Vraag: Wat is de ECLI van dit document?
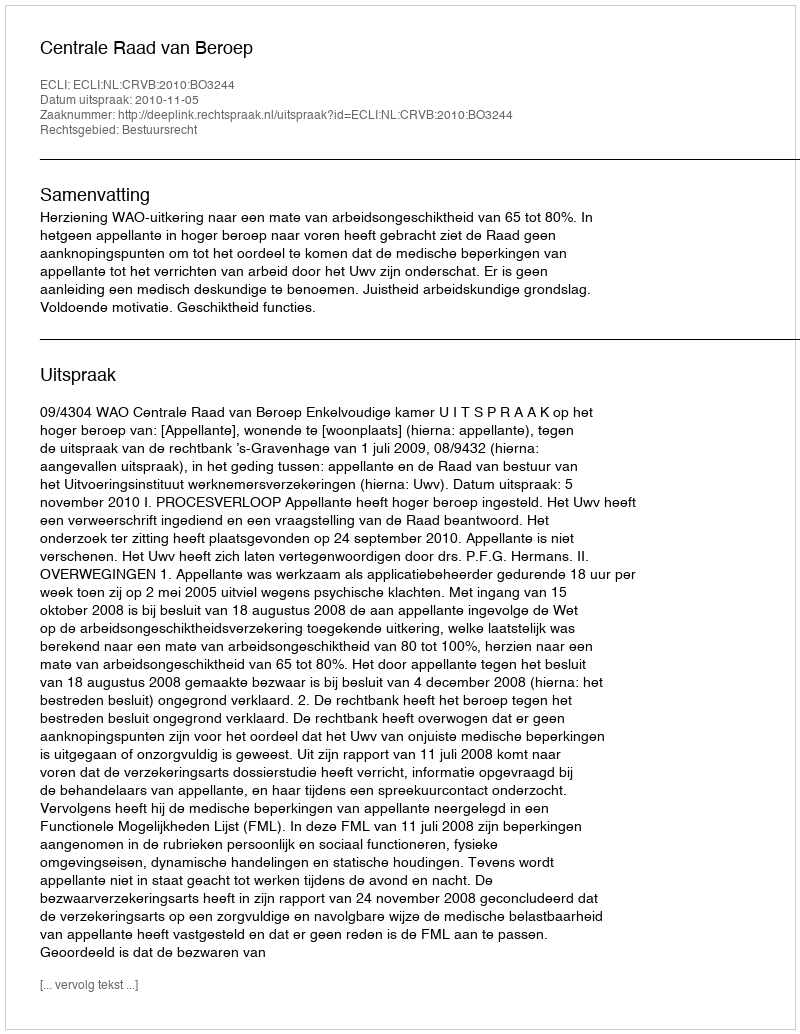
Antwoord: ECLI:NL:CRVB:2010:BO3244